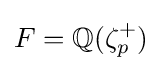
F=\mathbb {Q} (\zeta _{p}^{+})